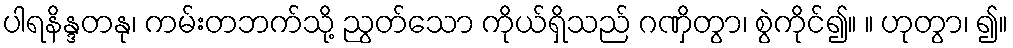
ပါရနိန္ဒတနု၊ ကမ်းတဘက်သို့ ညွတ်သော ကိုယ်ရှိသည် ဂဏှိတွာ၊ စွဲကိုင်၍။ ။ ဟုတွာ၊ ၍။